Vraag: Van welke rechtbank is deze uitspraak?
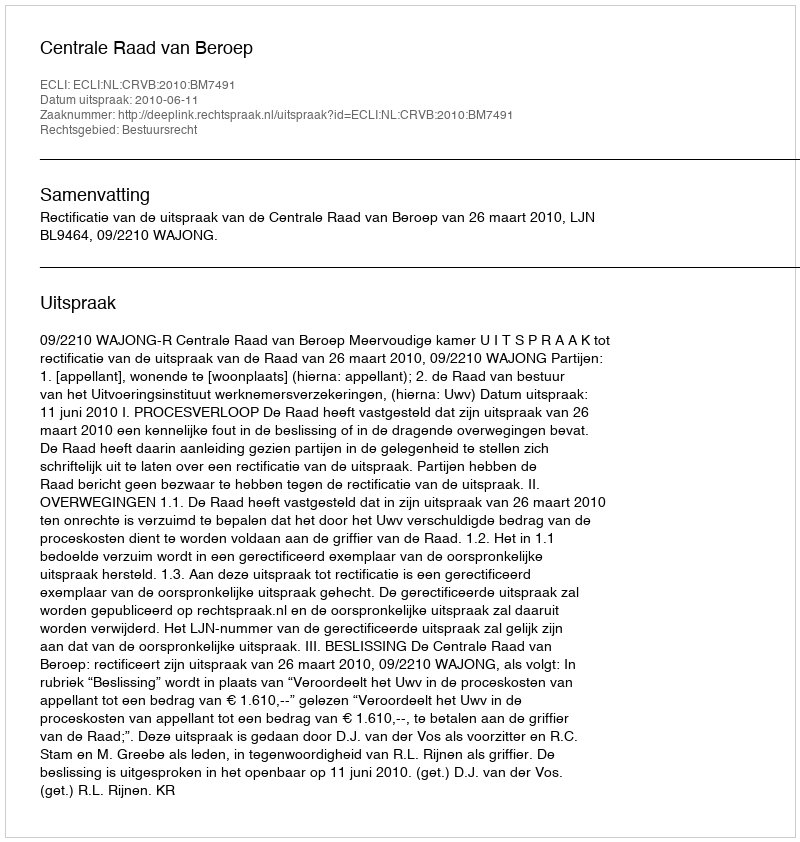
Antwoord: Centrale Raad van Beroep